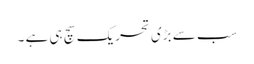
سب سے بڑی تحریک سچ ہی ہے ۔